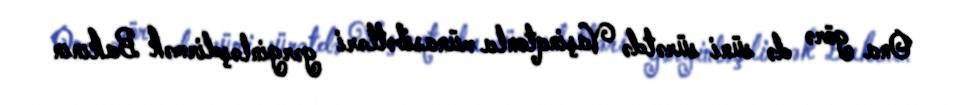
Ona görə də süni sürətdə Vaşinqtonla münasibətləri gərginləşdirmək Bakının